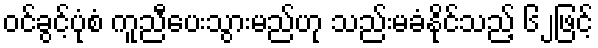
ဝင်ခွင့်ပုံစံ ကူညီပေးသွားမည်ဟု သည်းမခံနိုင်သည့် ၆၂ဖြင့်